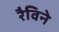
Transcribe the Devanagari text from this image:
रैविने